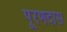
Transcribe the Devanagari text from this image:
पूरणदास